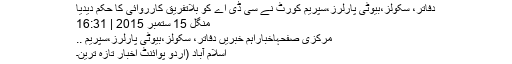
دفاتر، سکولز،بیوٹی پارلرز،سپریم کورٹ نے سی ڈی اے کو بلاتفریق کارروائی کا حکم دیدیا
منگل 15 ستمبر 2015 | 16:31
مرکزی صفحہاخباراہم خبریں دفاتر، سکولز،بیوٹی پارلرز،سپریم ..
اسلام آباد (اُردو پوائنٹ اخبار تازہ ترین۔